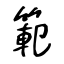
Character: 範